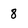
Character: 8